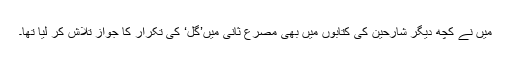
میں نے کچھ دیگر شارحین کی کتابوں میں بھی مصرع ثانی میں’گل‘ کی تکرار کا جواز تلاش کر لیا تھا۔